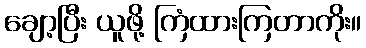
ချော့ပြီး ယူဖို့ ကြံထားကြတာကိုး။